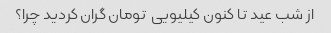
از شب عید تا کنون کیلیویی  تومان گران کردید چرا؟